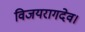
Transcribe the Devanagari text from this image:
विजयरागदेव।